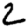
Digit: 2